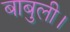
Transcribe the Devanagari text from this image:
बाबुली।